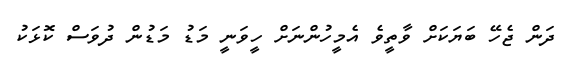
ދަން ޖެހޭ ބަޔަކަށް ވާތީވެ އެމީހުންނަށް ހީވަނީ މަޑު މަޑުން ދުވަސް ކޮޅަކު